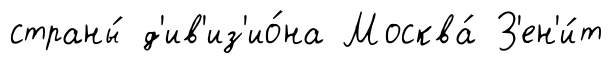
страны́ д'ив'из'ио́на Москва́ З'ен'и́т